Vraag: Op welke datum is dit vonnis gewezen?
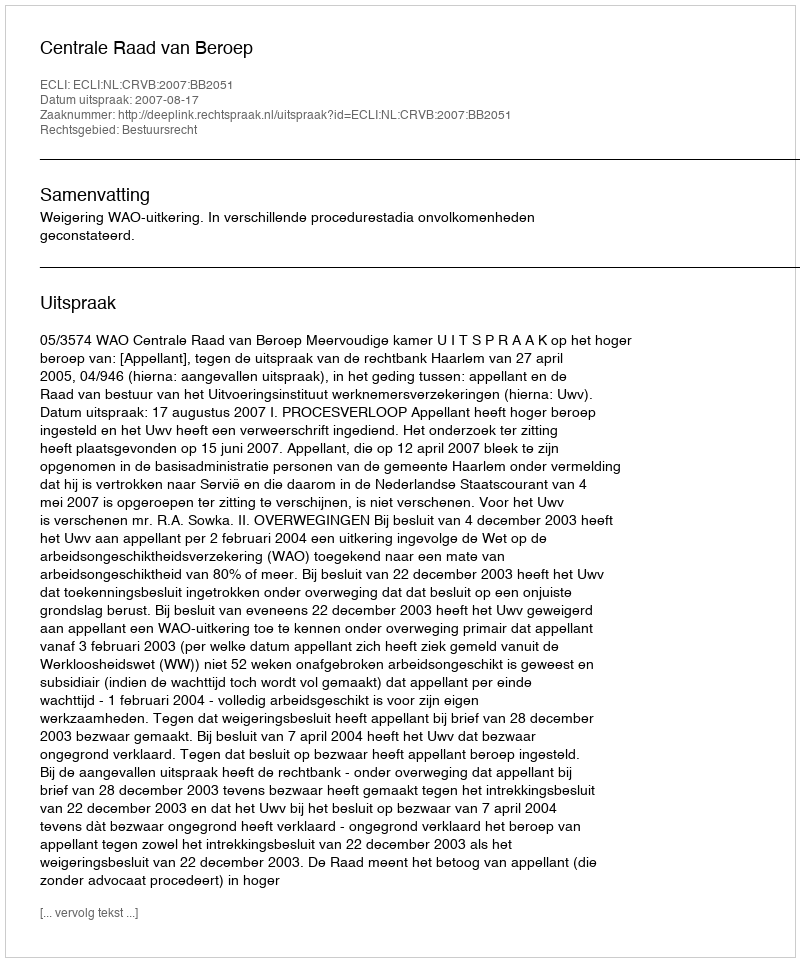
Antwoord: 2007-08-17